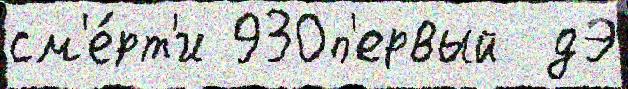
см'е́рт'и 930п'ервый  дЭ